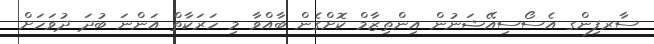
ސާރފިންގ އެސޯސިއޭޝަނުން އިންތިޒާމް ކޮށްގެން ބާއްވާ މި ހަރަކާތް އަންނަ ބުދަ ދުވަހަށް